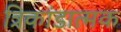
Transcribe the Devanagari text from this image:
त्रिकांडात्मक